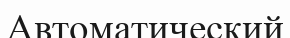
Автоматический